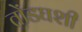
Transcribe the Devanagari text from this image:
तोंडघशी